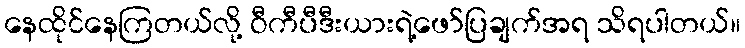
နေထိုင်နေကြတယ်လို့ ဝီကီပီဒီးယားရဲ့ဖော်ပြချက်အရ သိရပါတယ်။